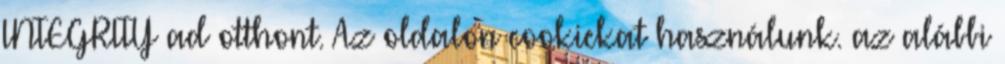
INTEGRITY ad otthont. Az oldalon cookiekat használunk. az alábbi